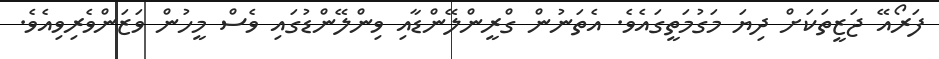
ފަރޯއޭ ޖަޒީތަކަށް ދިޔަ މަގުމަތީގައެވެ. އެތަނުން ގްރީންލޭންޑާއި ވިންލޭންޑުގައި ވެސް މީހުން ވަޒަންވެރިވިއެވެ.